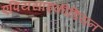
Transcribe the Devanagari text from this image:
एपियसाइकीडियन